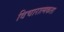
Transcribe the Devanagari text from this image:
विचारात्मकता